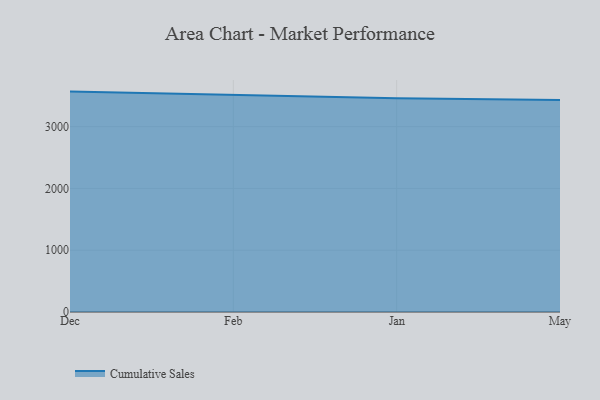
{"axis": {"x": "Month", "y": "Shipments"}, "legend": ["Cumulative Sales"], "data": [{"x": "Dec", "y": 3567.4, "type": "Cumulative Sales"}, {"x": "Feb", "y": 3514.5, "type": "Cumulative Sales"}, {"x": "Jan", "y": 3460.7, "type": "Cumulative Sales"}, {"x": "May", "y": 3431.5, "type": "Cumulative Sales"}]}